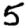
Digit: 5